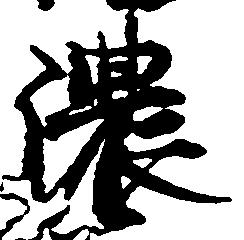
濃